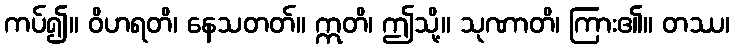
ကပ်၍။ ဝိဟရတိ၊ နေသတတ်။ ဣတိ၊ ဤသို့။ သုဏာတိ၊ ကြား၏။ တဿ၊